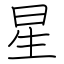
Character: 星